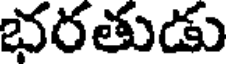
భరతుడు